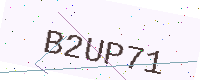
Text: B2UP71